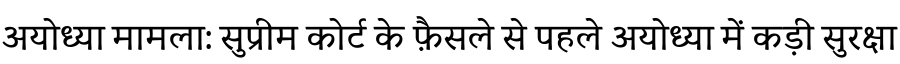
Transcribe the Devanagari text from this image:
अयोध्या मामला: सुप्रीम कोर्ट के फ़ैसले से पहले अयोध्या में कड़ी सुरक्षा